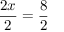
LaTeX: { \frac { 2 x } { 2 } } = { \frac { 8 } { 2 } }